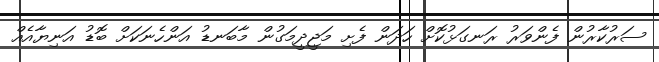
ސަރުކާރުން ފެންވަރު ރަނގަޅުކޮށް ހަދަން ފެށި މަޖީދީމަގުން މާބަނޑު އަންހެނަކަށް ބޮޑު އަނިޔާއެއް